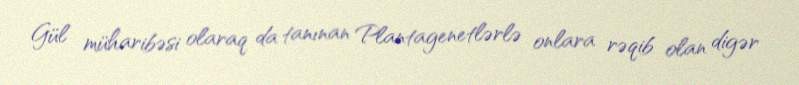
Gül müharibəsi olaraq da tanınan Plantagenetlərlə onlara rəqib olan digər